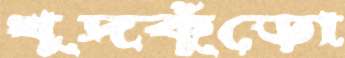
খুদকুঁড়ো